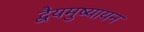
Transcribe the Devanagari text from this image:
द्वैयमुष्यायन